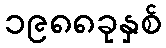
၁၉၈၈ခုနှစ်